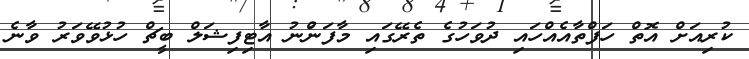
ކުރިއަށް އޮތް ހަފްތާއެއްހައި ދުވަހުގެ ތެރޭގައި މާފަންުނު އާޓިފިޝަލް ބީޗް ހުޅުވޭވަރު ވާނެ